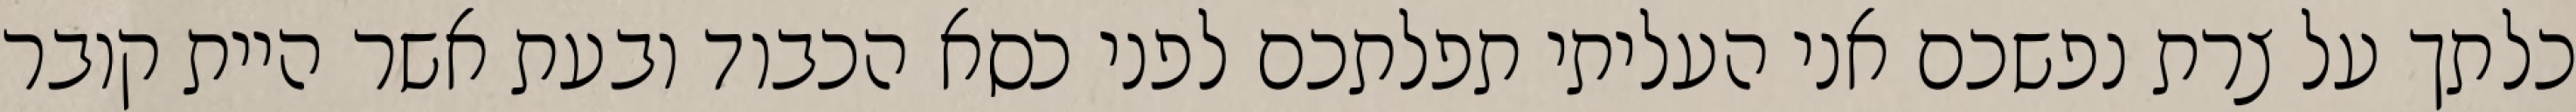
כלתך על צרת נפשכם אני העליתי תפלתכם לפני כסא הכבוד ובעת אשר היית קובר